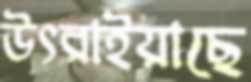
উৎরাইয়াছে